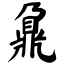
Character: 鼐